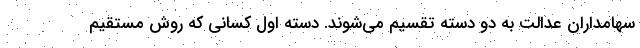
سهامداران عدالت به دو دسته تقسیم می­شوند. دسته اول کسانی که روش مستقیم